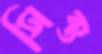
সিক্ত